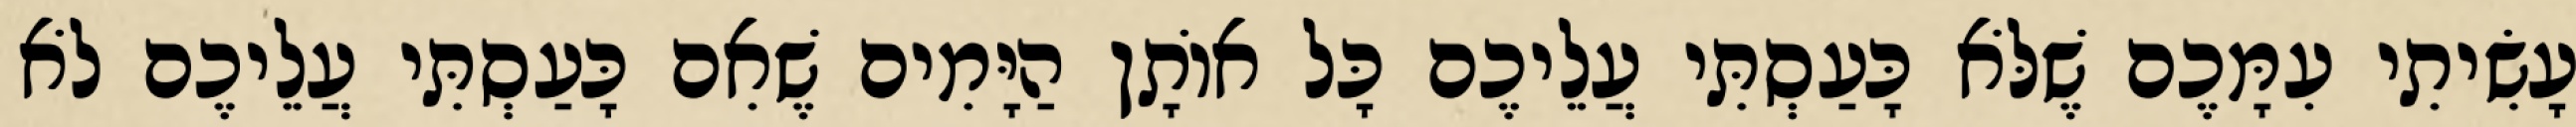
עָשִׂיתִי עִמָּכֶם שֶׁלֹּא כָּעַסְתִּי עֲלֵיכֶם כָּל אוֹתָן הַיָּמִים שֶׁאִם כָּעַסְתִּי עֲלֵיכֶם לֹא